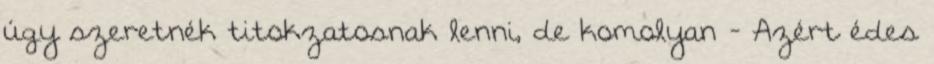
úgy szeretnék titokzatosnak lenni, de komolyan - Azért édes